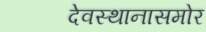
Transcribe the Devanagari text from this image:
देवस्थानासमोर